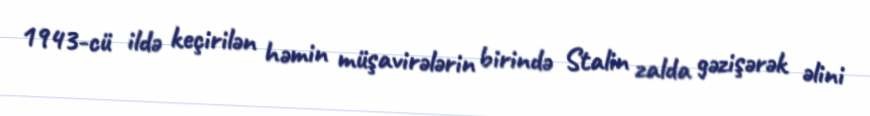
1943-cü ildə keçirilən həmin müşavirələrin birində Stalin zalda gəzişərək əlini